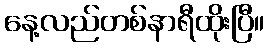
နေ့လည်တစ်နာရီထိုးပြီ။